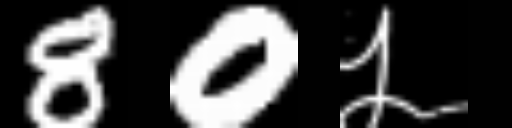
Text: 80५